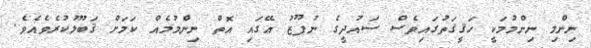
ނިންމި ނިންމުމަކީ ހަޤީޤަތުގައިވެސް ސައުދީގެ ނުފޫޒު އޭގައި އޮތް ނިންމުމެއް ކަމަށް ޤަބޫލުކުރެވެއެވެ.